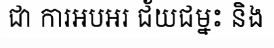
ជា ការអបអរ ជ័យជម្នះ និង